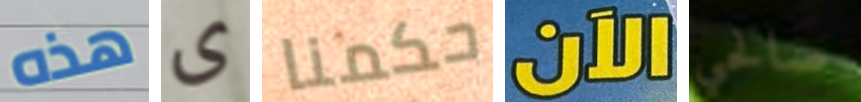
هذه ى حكمنا الآن صالحي